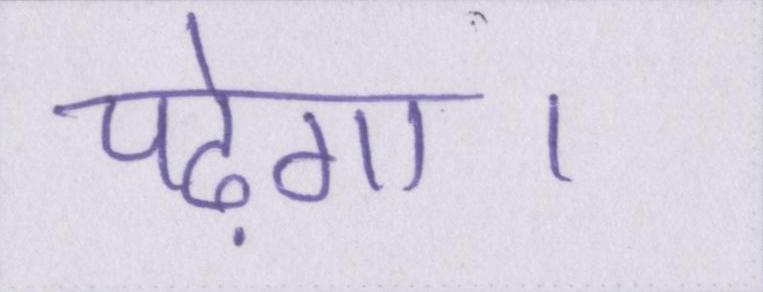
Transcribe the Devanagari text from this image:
पढ़ेगा।